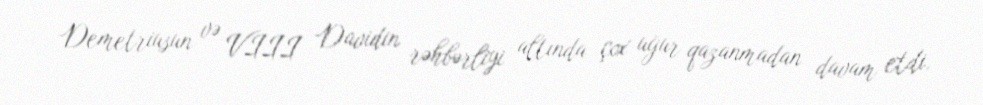
Demetriusun və VIII Davidin rəhbərliyi altında çox uğur qazanmadan davam etdi.